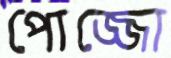
পোজ্জো